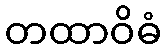
တထာဝိဓံ